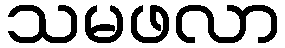
သမဖလာ